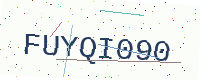
Text: FUYQI090